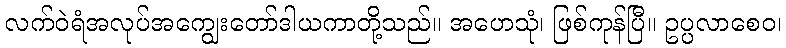
လက်ဝဲရံအလုပ်အကျွေးတော်ဒါယကာတို့သည်။ အဟေသုံ၊ ဖြစ်ကုန်ပြီ။ ဥပ္ပလာစေဝ၊